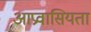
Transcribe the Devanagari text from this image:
आप्रवासियता